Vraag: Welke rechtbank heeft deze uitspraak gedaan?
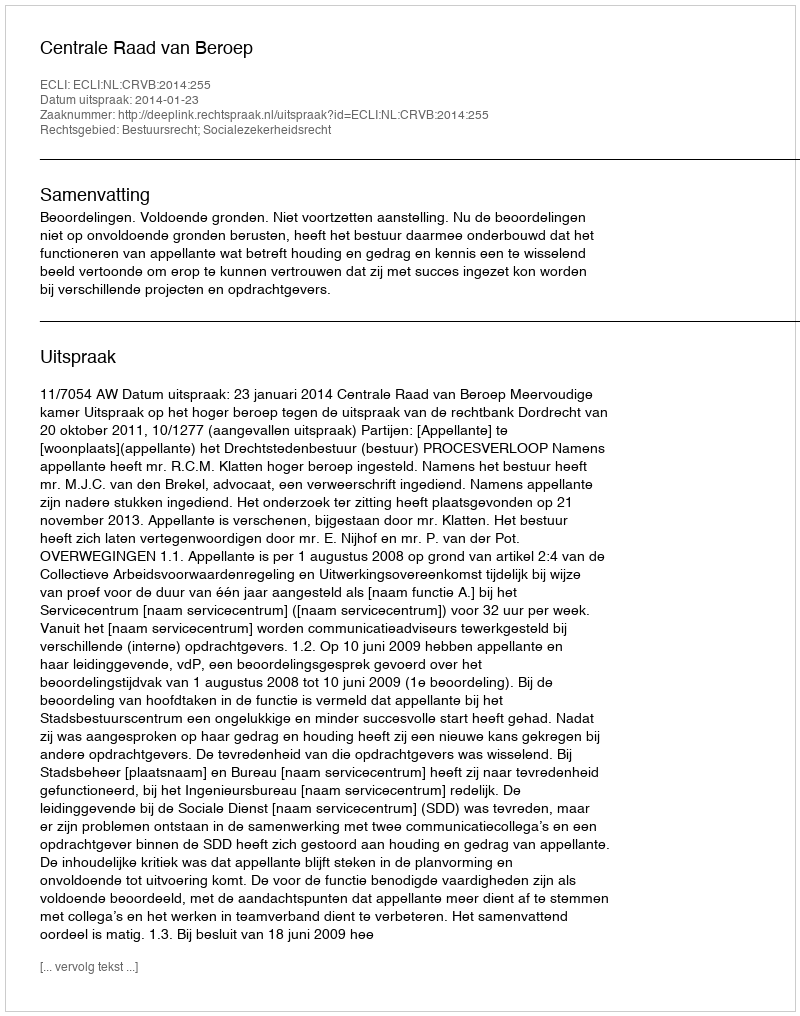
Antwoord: Centrale Raad van Beroep